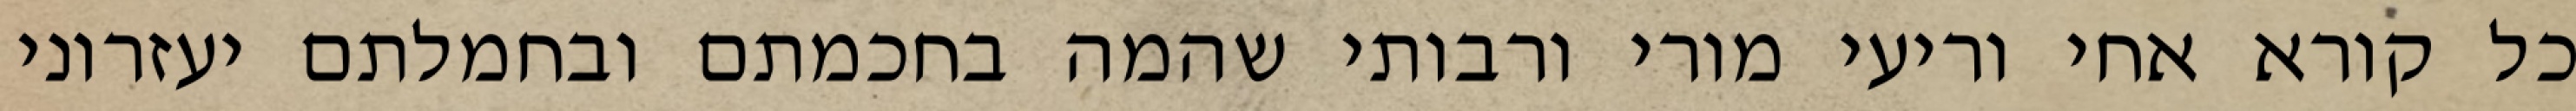
כל קורא אחי וריעי מורי ורבותי שהמה בחכמתם ובחמלתם יעזרוני